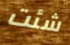
شئت